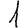
Digit: 1